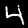
Digit: 4